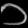
Digit: ၁